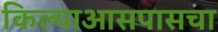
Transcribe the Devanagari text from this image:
किल्याआसपासचा